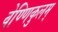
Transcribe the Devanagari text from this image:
वेण्णिकुलम्